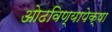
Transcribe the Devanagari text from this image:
ओढविण्यापेक्षा